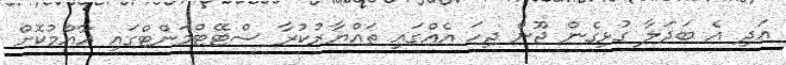
އަދި އެ ބަދަލާ ގުޅިގެން ޖޫން ދިހަ އެއްގައި ތައްޔާރުކުރާ ސްޓޭޓްމަންޓްގައި އާއްމުކޮށް